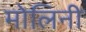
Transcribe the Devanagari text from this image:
मोलिनी